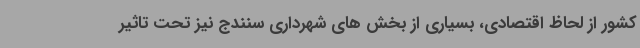
کشور از لحاظ اقتصادی، بسیاری از بخش های شهرداری سنندج نیز تحت تاثیر